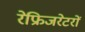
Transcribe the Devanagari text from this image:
रेफ्रिजरेटरों